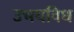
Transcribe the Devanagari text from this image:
उभयविध